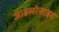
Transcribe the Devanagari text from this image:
जाइलोनाइट